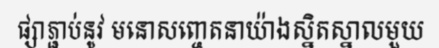
ផ្សាភ្ជាប់នូវ មនោសញ្ចេតនាយ៉ាងស្និតស្នាលមួយ